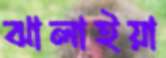
ঝালাইয়া